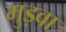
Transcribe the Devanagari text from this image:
मुड़वा